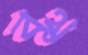
বুথ